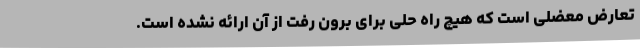
تعارض معضلی است که هیچ راه حلی برای برون رفت از آن ارائه نشده است.